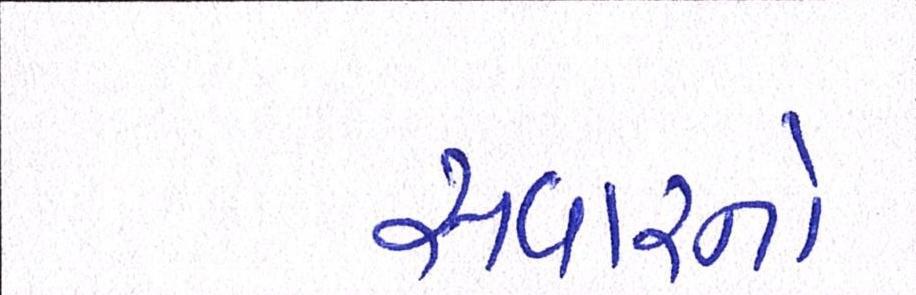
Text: સવારનો